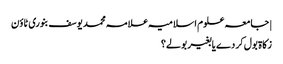
| جامعہ علوم اسلامیہ علامہ محمد یوسف بنوری ٹاؤن
زکاۃ بول کر دے یا بغیر بولے؟